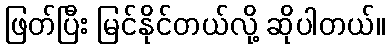
ဖြတ်ပြီး မြင်နိုင်တယ်လို့ ဆိုပါတယ်။